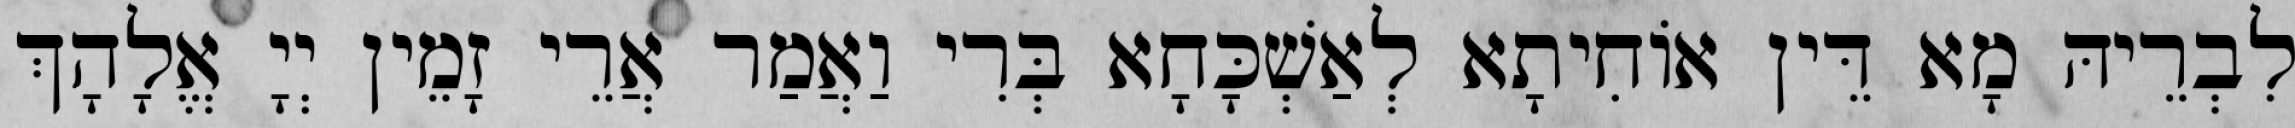
לִבְרֵיהּ מָא דֵּין אוֹחִיתָא לְאַשְׁכָּחָא בְּרִי וַאֲמַר אֲרֵי זָמֵין יְיָ אֱלָהָךְ